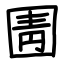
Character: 圊